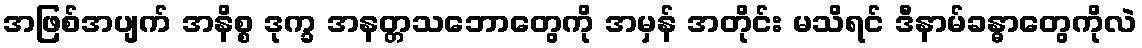
အဖြစ်အပျက် အနိစ္စ ဒုက္ခ အနတ္တသဘောတွေကို အမှန် အတိုင်း မသိရင် ဒီနာမ်ခန္ဓာတွေကိုလဲ